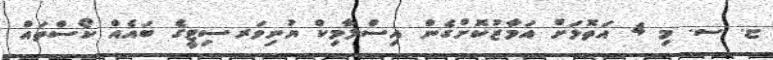
ޏ. ސ. މި 4 އަތޮޅަށް އަމާޒުކޮށްގެން އިސްލާމިކް ޔުނިވަރސިޓީގެ ބައެއް ކޯސްތައް